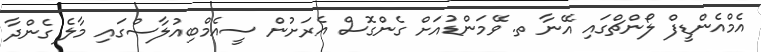
އެމްއެންޑީފް ލޯންޗްގައި އޭނާ ތ. ވޭމަންޑުއަށް ގެންގޮސް އެރަށުން ސީއެމްބިއުލާސްގައި މާލެ ގެންދާ